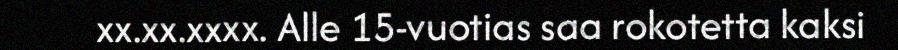
xx.xx.xxxx. Alle 15-vuotias saa rokotetta kaksi